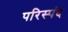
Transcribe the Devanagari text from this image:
परिस्पंद